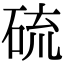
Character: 硫